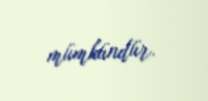
mümkündür.